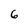
Character: 6